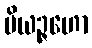
ပိယဉ္ဇဟော